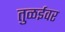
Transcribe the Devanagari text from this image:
तुळईवर